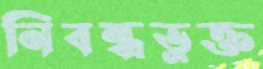
নিবন্ধভুক্ত